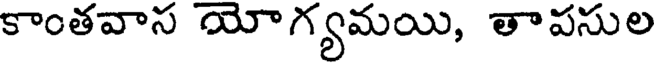
కాంతవాస యోగ్యమయి, తాపసుల